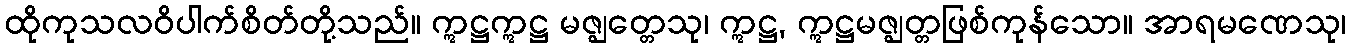
ထိုကုသလဝိပါက်စိတ်တို့သည်။ ဣဋ္ဌဣဋ္ဌ မဇ္ဈတ္တေသု၊ ဣဋ္ဌ, ဣဋ္ဌမဇ္ဈတ္တဖြစ်ကုန်သော။ အာရမဏေသု၊